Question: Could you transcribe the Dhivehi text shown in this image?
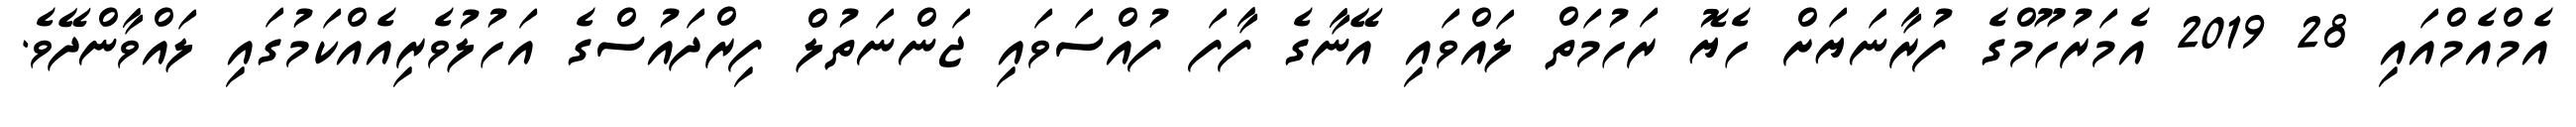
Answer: އެމްއެމްއައި 28 2019 އެމަރުހޫމްގެ ފުރާނަޔަށް ހެޔޮ ރަހުމަތް ލައްވައި އޭނާގެ ފާފަ ފުއްސަވައި ޖަންނަތުލް ފިރްދައުސްގެ އަހުލުވެރިއެއްކަމުގައި ލައްވާންދޭވެ.